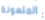
الملعونة